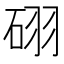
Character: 𥒉